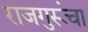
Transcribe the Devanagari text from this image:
राजगुरूंचा